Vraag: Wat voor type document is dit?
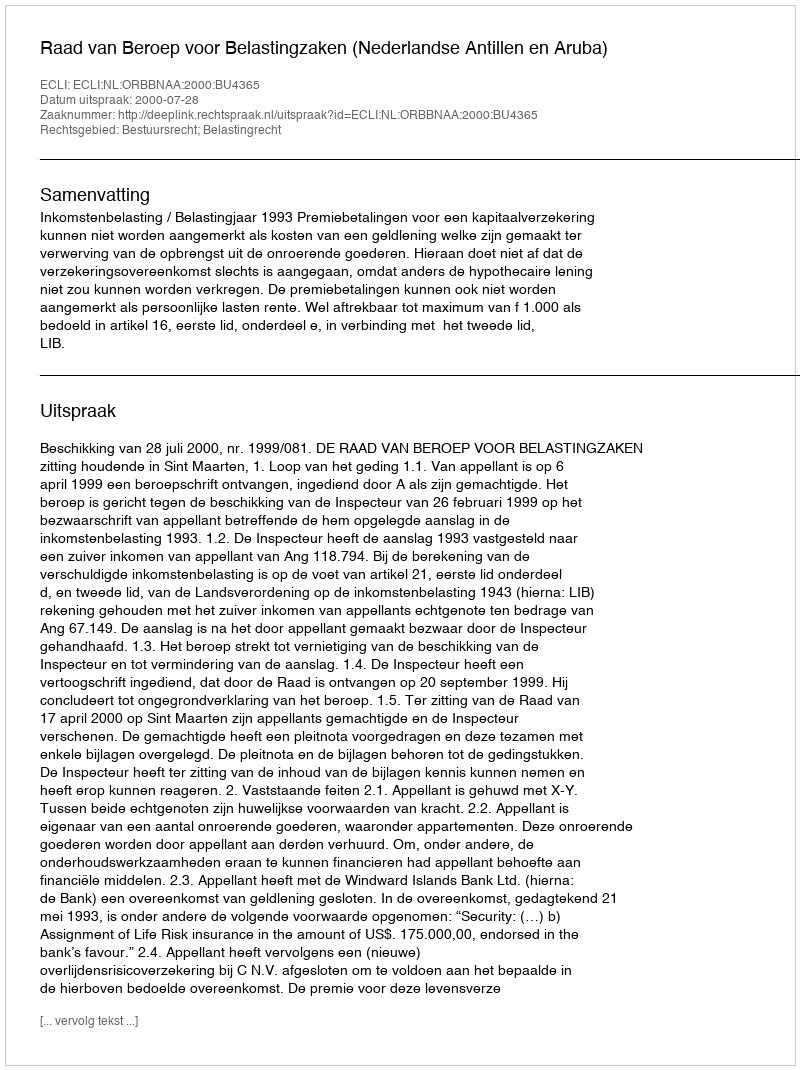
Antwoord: Uitspraak